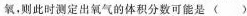
氧，则此时测定出氧气的体积分数可能是()